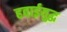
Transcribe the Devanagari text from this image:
हवाईयुद्ध